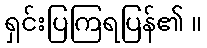
ရှင်းပြကြရပြန်၏ ။